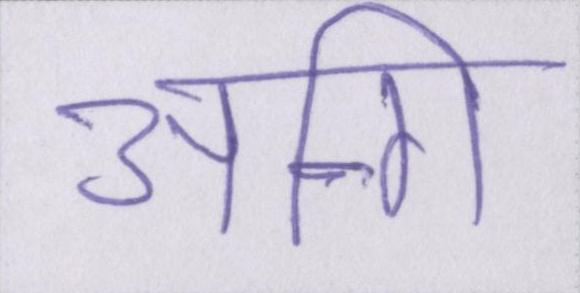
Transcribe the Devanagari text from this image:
अग्नि